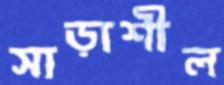
সাড়াশীল